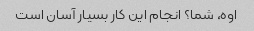
اوه، شما؟ انجام این کار بسیار آسان است